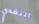
النقدي